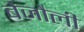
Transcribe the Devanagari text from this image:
बेजौली